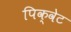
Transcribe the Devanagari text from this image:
पिक्वेट